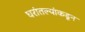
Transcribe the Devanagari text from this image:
घरांतल्यांकडून